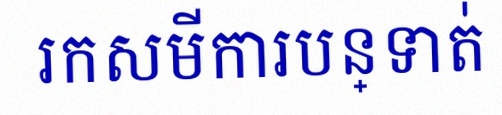
រកសមីការបន្ទាត់